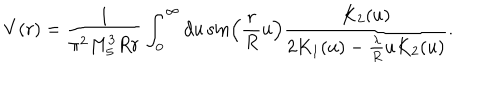
LaTeX: V ( r ) = \frac { 1 } { \pi ^ { 2 } M _ { 5 } ^ { 3 } R r } \int _ { 0 } ^ { \infty } d u \sin \left( \frac { r } { R } u \right) \frac { K _ { 2 } ( u ) } { 2 K _ { 1 } ( u ) - \frac { \lambda } { R } u K _ { 2 } ( u ) } .